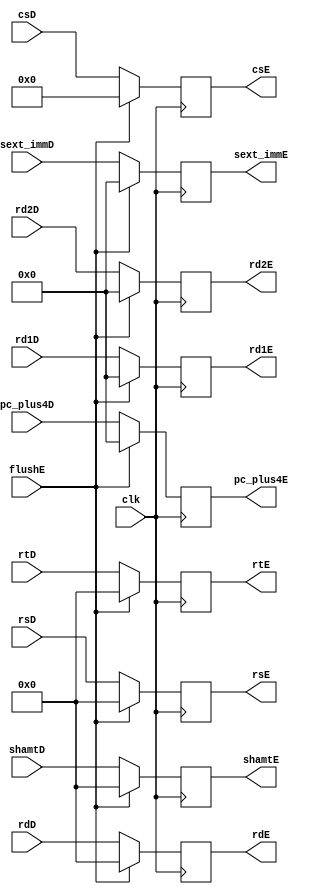
module ID_EXE(
    input wire clk,
    input wire [9:0] csD,
    input wire [31:0] rd1D,
    input wire [31:0] rd2D,
    input wire [4:0] shamtD,
    input wire [4:0] rsD,
    input wire [4:0] rtD,
    input wire [4:0] rdD,
    input wire [31:0] pc_plus4D,
    input wire [31:0] sext_immD,
    input wire flushE,
    output reg [9:0] csE,
    output reg [31:0] rd1E,
    output reg [31:0] rd2E,
    output reg [4:0] shamtE,
    output reg [4:0] rsE,
    output reg [4:0] rtE,
    output reg [4:0] rdE,
    output reg [31:0] pc_plus4E,
    output reg [31:0] sext_immE
    );
  
    always @ (posedge clk) begin
        if (flushE) begin
            csE = 0;
            rd1E = 0;
            rd2E = 0;
            shamtE = 0;
            rsE = 0;
            rtE = 0;
            rdE = 0;
            pc_plus4E = 0;
            sext_immE = 0;
        end
        else begin
            csE = csD;
            rd1E = rd1D;
            rd2E = rd2D;
            shamtE = shamtD;
            rsE = rsD;
            rtE = rtD;
            rdE = rdD;
            pc_plus4E = pc_plus4D;
            sext_immE = sext_immD;
        end
    end
    
endmodule